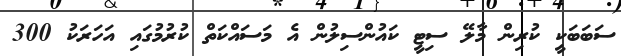
ސަބަބަކީ ކުރިން މާލޭ ސިޓީ ކައުންސިލުން އެ މަސައްކަތް ކުރުމުގައި އަހަރަކު 300